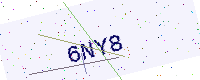
Text: 6NY8